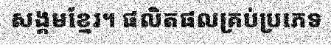
សង្គមខ្មែរ។ ផលិតផលគ្រប់ប្រភេទ